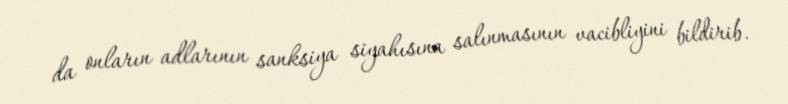
da onların adlarının sanksiya siyahısına salınmasının vacibliyini bildirib.